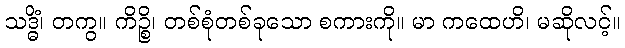
သဒ္ဓိံ၊ တကွ။ ကိဉ္စိ၊ တစ်စုံတစ်ခုသော စကားကို။ မာ ကထေဟိ၊ မဆိုလင့်။